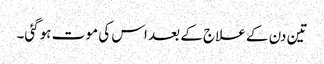
تین دن کے علاج کے بعد اس کی مو ت ہوگئی۔